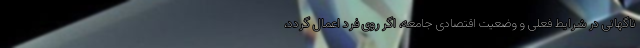
ناگهانی در شرایط فعلی و وضعیت اقتصادی جامعه، اگر روی فرد اعمال گردد،